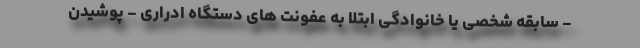
- سابقه شخصی یا خانوادگی ابتلا به عفونت های دستگاه ادراری - پوشیدن